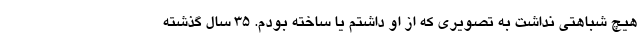
هیچ شباهتی نداشت به تصویری که از او داشتم یا ساخته بودم. 35 سال گذشته